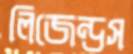
লিজেন্ডস